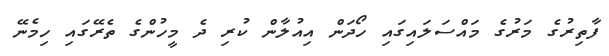
ފާތިރުގެ މަރުގެ މައްސަލައިގައި ހޯދަން އިއުލާން ކުރި ދެ މީހުންގެ ތެރޭގައި ހިމެނޭ